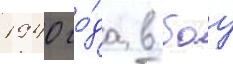
1940 го́да в боу